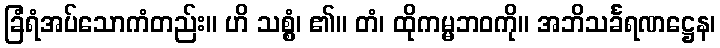
ခြံရံအပ်သောကံတည်း။ ဟိ သစ္စွံ၊ ၏။ တံ၊ ထိုကမ္မဘဝကို။ အဘိသင်္ခရဏဋ္ဌေန၊